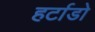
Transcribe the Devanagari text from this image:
हर्टाडो